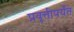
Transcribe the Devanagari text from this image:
प्रवृत्तीपर्यंत